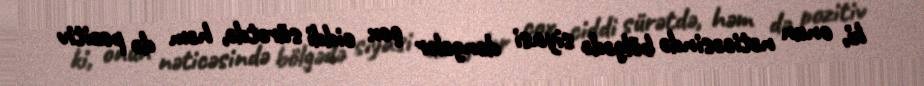
ki, onun nəticəsində bölgədə siyasi dəngələr çox ciddi sürətdə, həm də pozitiv